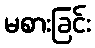
မစားခြင်း